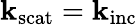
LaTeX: \mathbf{k}_{\mathrm{scat}}=\mathbf{k}_{\mathrm{inc}}